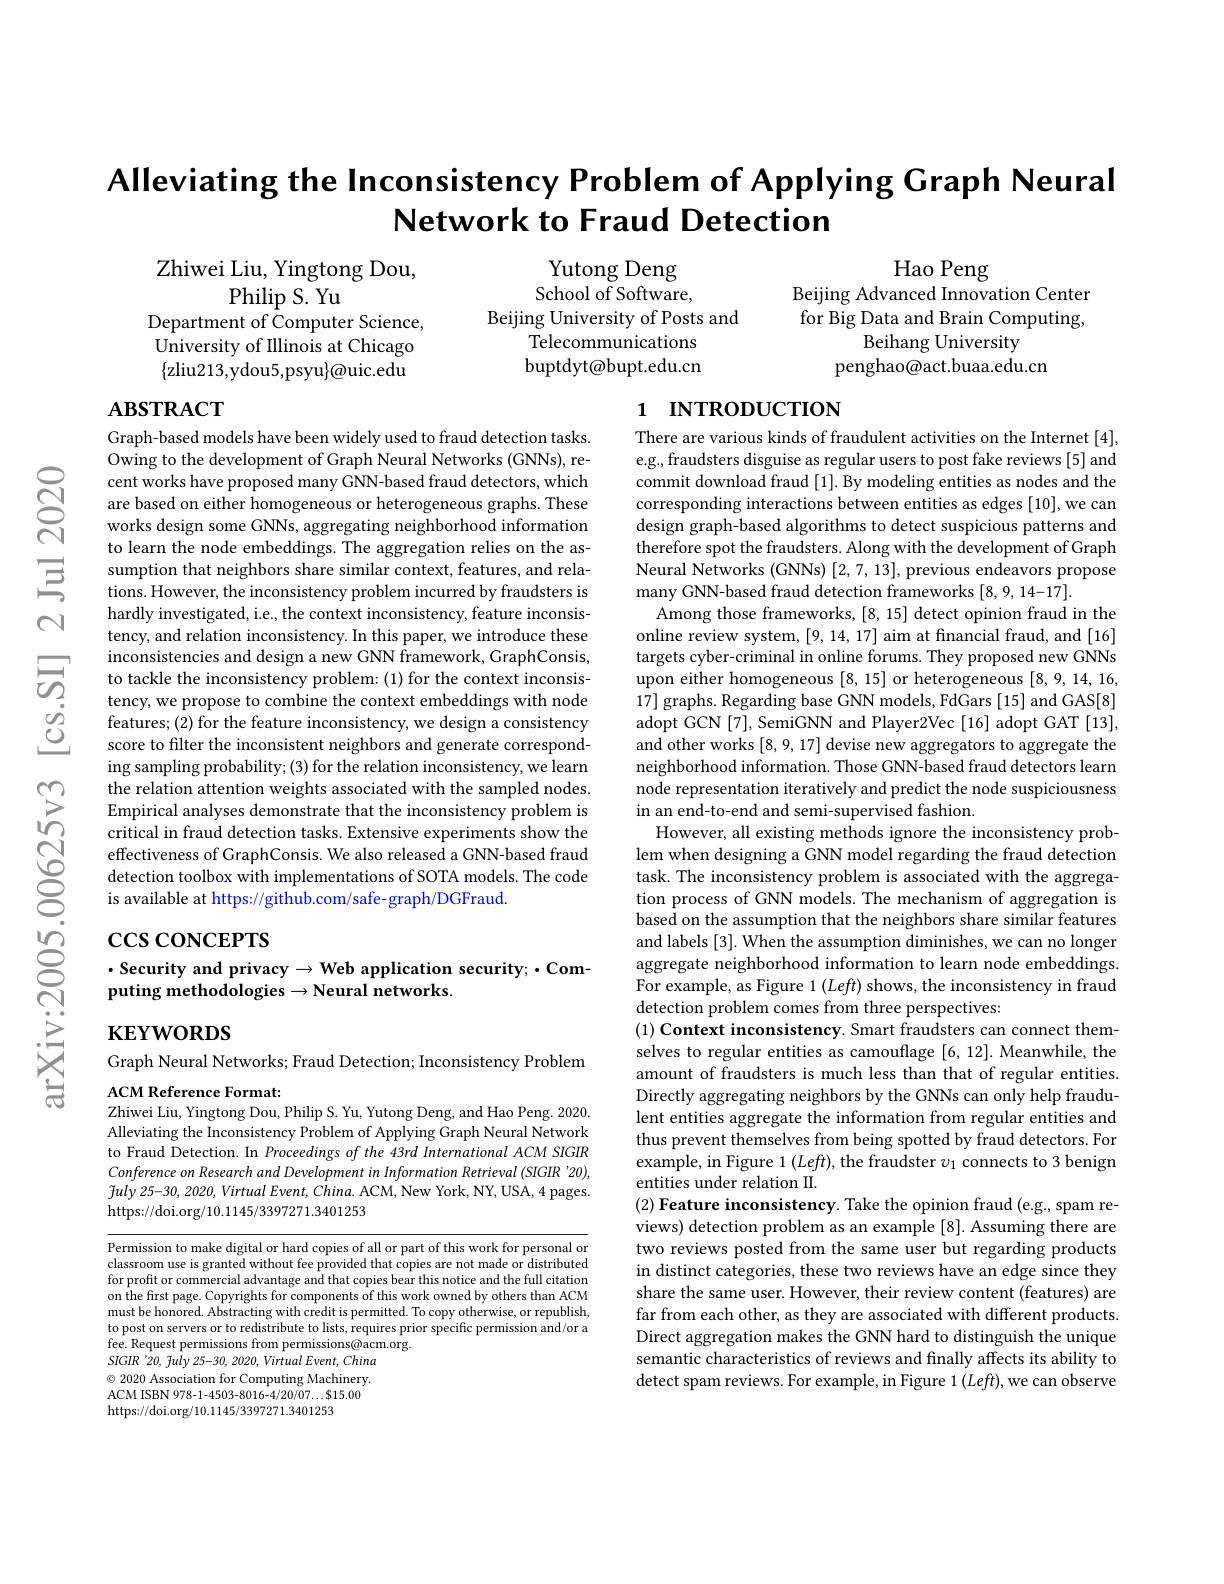
$ଟ୍ରି$

# Alleviating the Inconsistency Problem of Applying Graph Neural Network to Fraud Detection

Hao Peng
Beijing Advanced Innovation Center

Zhiwei Liu, Yingtong Dou,
Philip S. Yu
Department of Computer Science,

Yutong Deng School of Software,
Beijing University of Posts and
Telecommunications buptdyt@bupt.edu.cn

for Big Data and Brain Computing,
Beihang University
penghao@act.buaa.edu.cn

$\hat{\text{University of Illinois at Chicago}}$ $\{$zliu213,ydou5,psyu$\}$@uic.edu

## $\mathbf{ABSTRACT}$

# 1 INTRODUCTION

Graph-based models have been widely used to fraud detection tasks. Owing to the development of Graph Neural Networks (GNNs), recent works have proposed many $\hat{\text{GNN-based fraud detectors, which}}$ are based on either homogeneous or heterogeneous graphs. These works design some GNNs, aggregating neighborhood information to learn the node embeddings. The aggregation relies on the as-
hardly investigated, i.e., the context inconsistency, feature inconsistency, and relation inconsistency. In this paper, we introduce these inconsistencies and design a new GNN framework, GraphConsis, to tackle the inconsistency problem:(1) for the context inconsistency, we propose to combine the context embeddings with node features; (2) for the feature inconsistency, we design a consistency score to filter the inconsistent neighbors and generate corresponding sampling probability; (3) for the relation inconsistency, we learn the relation attention weights associated with the sampled nodes. Empirical analyses demonstrate that the inconsistency problem is critical in fraud detection tasks. Extensive experiments show the effectiveness of GraphConsis. We also released a GNN-based fraud detection toolbox with implementations of SOTA models. The code is available at https://github.com/safe- graph/DGFraud.

There are various kinds of fraudulent activities on the Internet [4], e.g., fraudsters disguise as regular users to post fake reviews [5] and commit download fraud [1]. By modeling entities as nodes and the corresponding interactions between entities as edges [10], we can design graph-based algorithms to detect suspicious patterns and therefore spot the fraudsters. Along with the development of Graph Neural Networks (GNNs) [2,7,13], previous endeavors propose many GNN-based fraud detection frameworks [8,9,14-17].
Among those frameworks, [8, 15] detect opinion fraud in the online review system, [9,14,17] aim at fnancial fraud, and [16] targets cyber-criminal in online forums. They proposed new GNNs upon either homogeneous [8,15] or heterogeneous [8,9,14,16, 17] graphs. Regarding base GNN models, FdGars [15] and GAS[8] adopt GCN [7], SemiGNN and Player2Vec [16] adopt GAT [13], and other works [8,9,17] devise new aggregators to aggregate the neighborhood information. Those GNN-based fraud detectors learn node representation iteratively and predict the node suspiciousness in an end-to-end and semi-supervised fashion.
However, all existing methods ignore the inconsistency problem when designing a GNN model regarding the fraud detection task. The inconsistency problem is associated with the aggregation process of GNN models. The mechanism of aggregation is based on the assumption that the neighbors share similar features and labels [3]. When the assumption diminishes, we can no longer aggregate neighborhood information to learn node embeddings. For example, as Figure 1 $(Left)$ shows, the inconsistency in fraud detection problem comes from three perspectives:
$( 1) \textbf{ Context inconsistency. Smart fraudsters can connect them- }$ selves to regular entities as camouflage [6,12]. Meanwhile, the amount of fraudsters is much less than that of regular entities. Directly aggregating neighbors by the GNNs can only help fraudulent entities aggregate the information from regular entities and thus prevent themselves from being spotted by fraud detectors. For example, in Figure 1 $(Left)$, the fraudster $v_1$ connects to 3 benign entities under relation II.
(2) Feature inconsistency. Take the opinion fraud (e.g., spam reviews) detection problem as an example [8]. Assuming there are two reviews posted from the same user but regarding products in distinct categories, these two reviews have an edge since they share the same user. However, their review content (features) are far from each other, as they are associated with different products. Direct aggregation makes the GNN hard to distinguish the unique semantic characteristics of reviews and finally affects its ability to detect spam reviews. For example, in Figure 1 $(Left)$, we can observe

$\csc\cos$coNCEPTS

## $\cdot$ Security and privacy$\to$Web application security;$\cdot$Computing methodologies $\to$Neural networks.

$\mathbf{KEYWORDS}$

Graph Neural Networks; Fraud Detection; Inconsistency Problem
ACM Reference Format:

Zhiwei Liu, Yingtong Dou, Philip S. Yu, Yutong Deng, and Hao Peng. 2020.

Alleviating the Inconsistency Problem of Applying Graph Neural Network to Fraud Detection. In Proceedings of the 43rd International ACM SIGIR Conference on Research and Development in Information Retrieval (SIGIR '20), $\tilde{f} uly$ 25-30, 2020, Virtual $Event$, $China.$ ACM, New York, NY, USA, 4 pages. https://doi.org/10.1145/3397271.3401253

Permission to make digital or hard copies of all or part of this work for personal or classroom use is granted without fee provided that copies are not made or distributed for profit or commercial advantage and that copies bear this notice and the full citation on the first page. Copyrights for components of this work owned by others than ACM must be honored. Abstracting with credit is permitted. To copy otherwise, or republish, to post on servers or to redistribute to lists, requires prior specific permission and/or a fee. Request permissions from permissions@acm.org.
SIGIR '20, fuly 25-30, 2020, Virtual Event, China $\textcircled{\circ}$ 2020 Association for Computing Machinery. ACM ISBN 978-1-4503-8016-4/20/07...$15.00 https://doi.org/10.1145/3397271.3401253